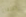
الحلفاء